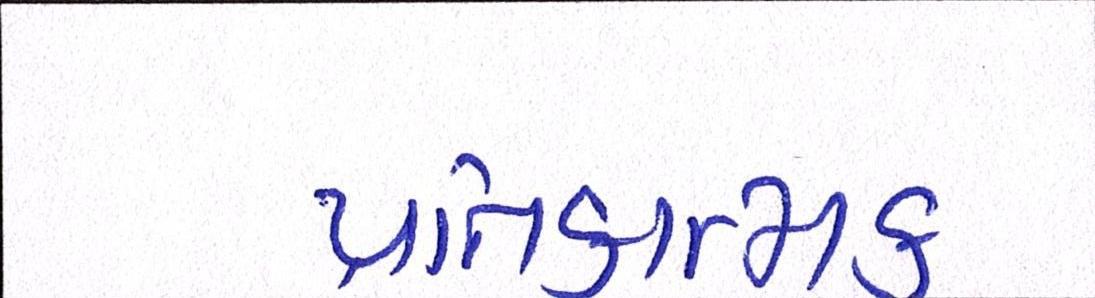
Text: પ્રતિકાત્મક